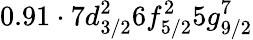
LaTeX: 0.91\cdot 7d_{3/2}^{2}6f_{5/2}^{2}5g_{9/2}^{7}